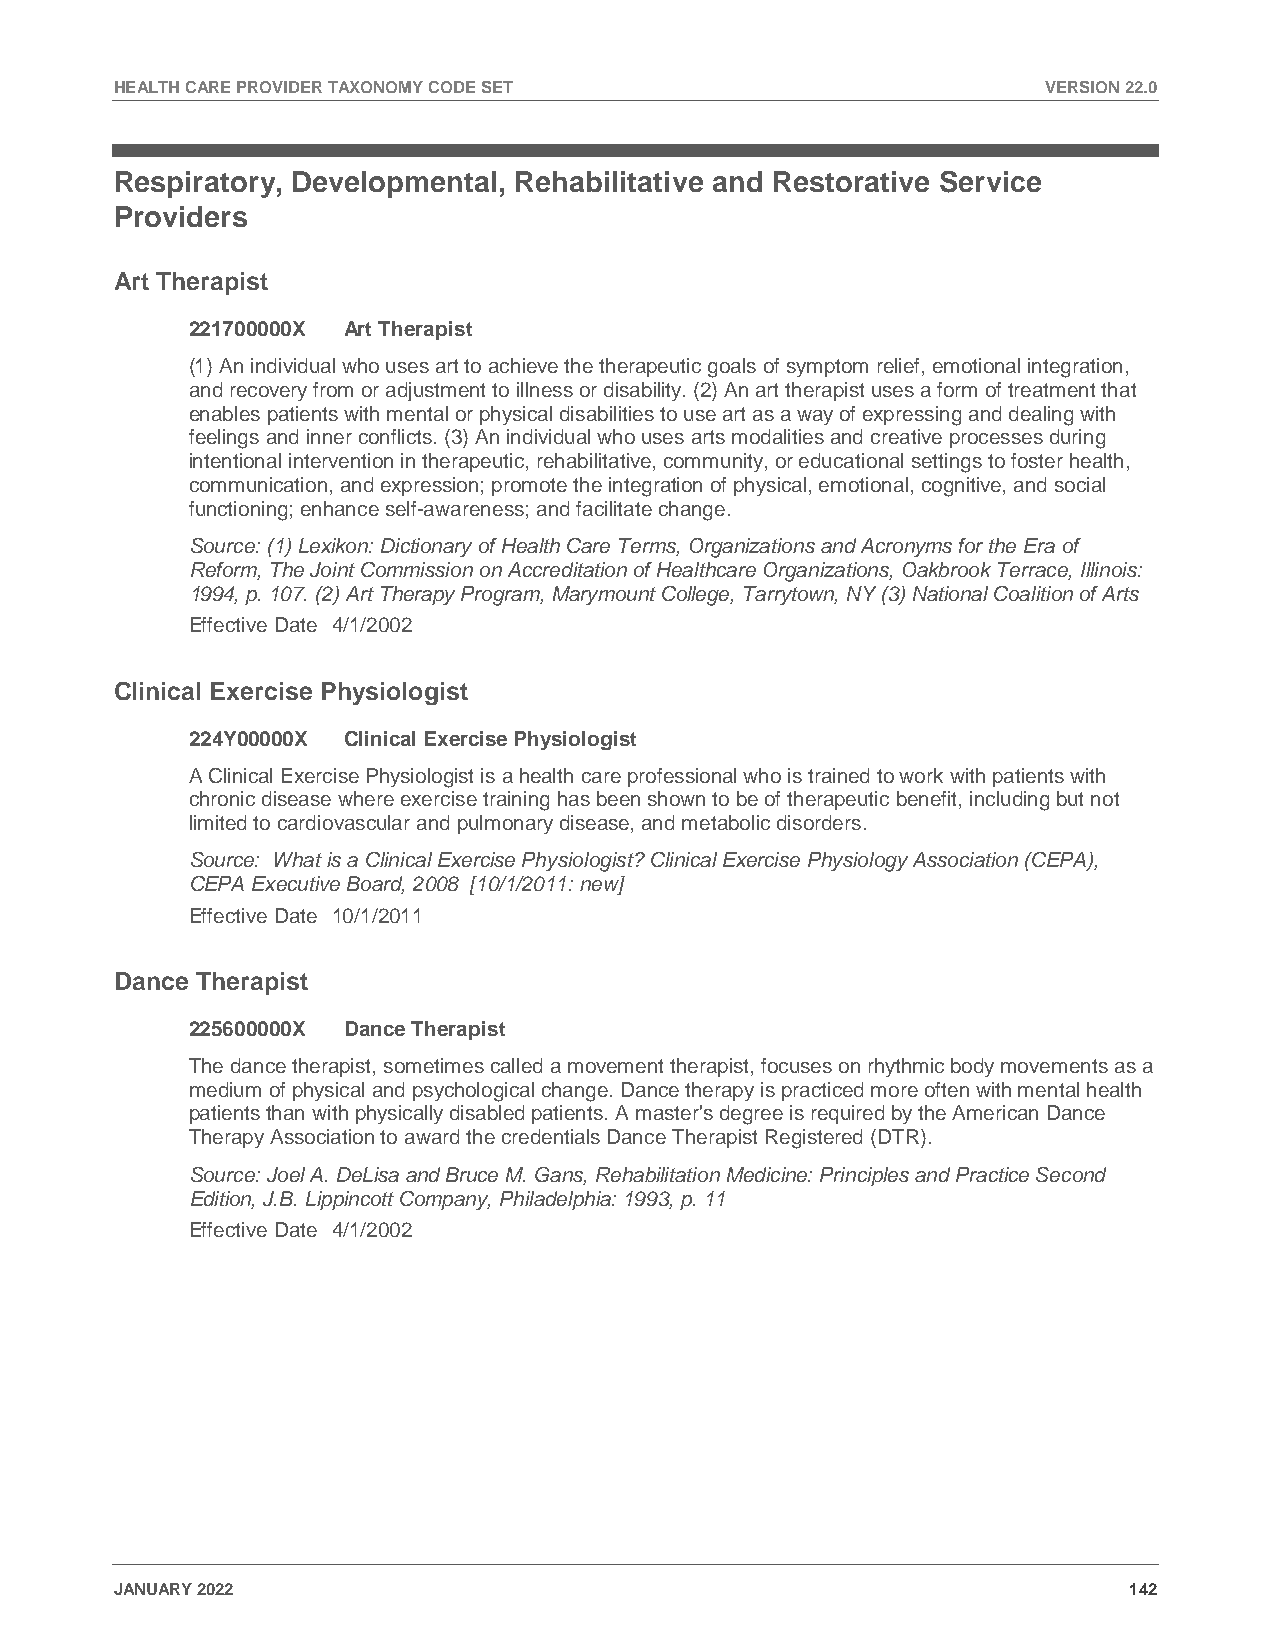
HEALTH CARE PROVIDER TAXONOMY CODE SET                       VERSION 22.0
 Respiratory, Developmental, Rehabilitative and Restorative Service
 Providers
 Art Therapist
 221700000X Art Therapist
 (1) An individual who uses art to achieve the therapeutic goals of symptom relief, emotional integration,
 and recovery from or adjustment to illness or disability. (2) An art therapist uses a form of treatment that
 enables patients with mental or physical disabilities to use art as a way of expressing and dealing with
 feelings and inner conflicts. (3) An individual who uses arts modalities and creative processes during
 intentional intervention in therapeutic, rehabilitative, community, or educational settings to foster health,
 communication, and expression; promote the integration of physical, emotional, cognitive, and social
 functioning; enhance self-awareness; and facilitate change.
 Source: (1) Lexikon: Dictionary of Health Care Terms, Organizations and Acronyms for the Era of
 Reform, The Joint Commission on Accreditation of Healthcare Organizations, Oakbrook Terrace, Illinois:
 1994, p. 107. (2) Art Therapy Program, Marymount College, Tarrytown, NY (3) National Coalition of Arts
 Effective Date 4/1/2002
 Clinical Exercise Physiologist
 224Y00000X Clinical Exercise Physiologist
 A Clinical Exercise Physiologist is a health care professional who is trained to work with patients with
 chronic disease where exercise training has been shown to be of therapeutic benefit, including but not
 limited to cardiovascular and pulmonary disease, and metabolic disorders.
 Source: What is a Clinical Exercise Physiologist? Clinical Exercise Physiology Association (CEPA),
 CEPA Executive Board, 2008 [10/1/2011: new]
 Effective Date 10/1/2011
 Dance Therapist
 225600000X Dance Therapist
 The dance therapist, sometimes called a movement therapist, focuses on rhythmic body movements as a
 medium of physical and psychological change. Dance therapy is practiced more often with mental health
 patients than with physically disabled patients. A master's degree is required by the American Dance
 Therapy Association to award the credentials Dance Therapist Registered (DTR).
 Source: Joel A. DeLisa and Bruce M. Gans, Rehabilitation Medicine: Principles and Practice Second
 Edition, J.B. Lippincott Company, Philadelphia: 1993, p. 11
 Effective Date 4/1/2002
 JANUARY 2022                                                       142